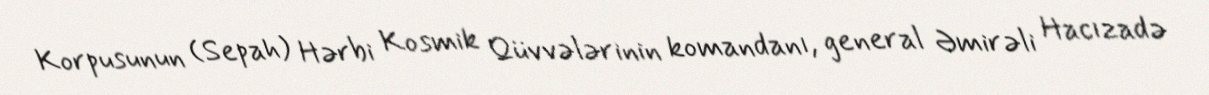
Korpusunun (Sepah) Hərbi Kosmik Qüvvələrinin komandanı, general Əmirəli Hacızadə